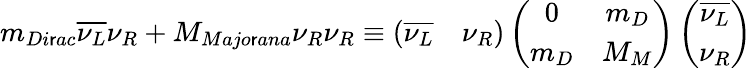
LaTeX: m_{Di\mathsf{r}ac}\overline{{{{\nu_{L}}}}}\nu_{R}+M_{Majo\mathsf{r}ana}\nu_{R}\nu_{R}\equiv\left(\begin{array}{cc}{{\overline{{{\nu_{L}}}}}}&{{\nu_{R}}}\end{array}\right)\left(\begin{array}{cc}{{0}}&{{m_{D}}}\\ {{m_{D}}}&{{M_{M}}}\end{array}\right)\left(\begin{array}{c}{{\overline{{{\nu_{L}}}}}}\\ {{\nu_{R}}}\end{array}\right)